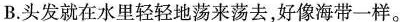
B.头发就在水里轻轻地荡来荡去，好像海带一样。